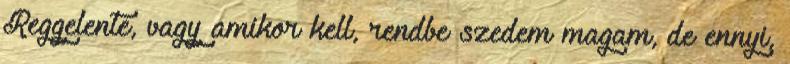
Reggelente, vagy amikor kell, rendbe szedem magam, de ennyi,